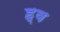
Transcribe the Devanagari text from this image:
ह्व